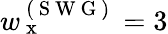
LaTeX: w_{\mathrm{~x~}}^{\mathrm{~(~S~W~G~)~}}=3